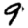
Digit: 9